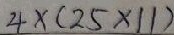
4 \times ( 2 5 \times 1 1 )